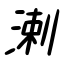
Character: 溂